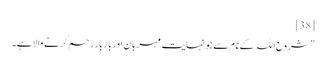
[38]
” شروع اللہ کے نام سے جو نہایت مہربان اور بار بار رحم کرنے والا ہے۔